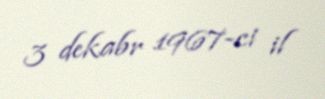
3 dekabr 1967-ci il